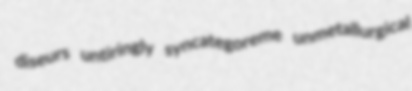
diseurs untiringly syncategoreme unmetallurgical